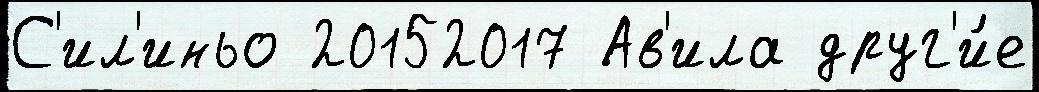
С'ил'иньо 20152017 Ав'ила друг'и́е